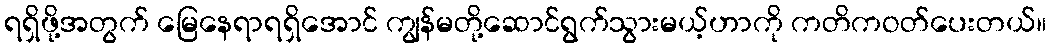
ရရှိဖို့အတွက် မြေနေရာရရှိအောင် ကျွန်မတို့ဆောင်ရွက်သွားမယ့်ဟာကို ကတိကဝတ်ပေးတယ်။